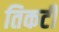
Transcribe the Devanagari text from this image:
तिकटी